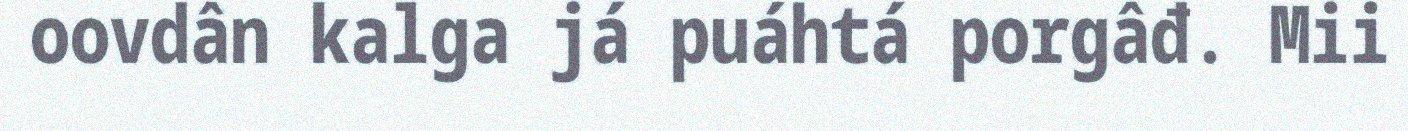
oovdân kalga já puáhtá porgâđ. Mii